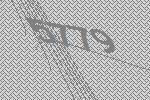
5779